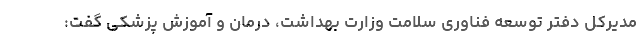
مدیرکل دفتر توسعه فناوری سلامت وزارت بهداشت، درمان و آموزش پزشکی گفت: